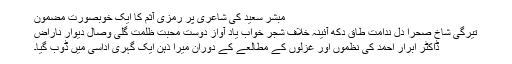
مبشر سعید کی شاعری پر رمزی آثم کا ایک خوبصورت مضمون
تیرگی شاخ صحرا دل ندامت طاق دکھ آئینہ خلاف شجر خواب یاد آواز دوست محبت ظلمت گلی وصال دیوار ناراض
ڈاکٹر ابرار احمد کی نظموں اور غزلوں کے مطالعے کے دوران میرا ذہن ایک گہری اداسی میں ڈوب گیا۔